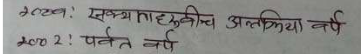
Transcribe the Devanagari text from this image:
अन्लेख: सक्यमाहुतीच अलिकिया वर्ष
२००२: पर्वत वर्ष